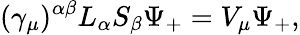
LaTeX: (\gamma_{\mu})^{\alpha\beta}L_{\alpha}S_{\beta}\Psi_{+}=V_{\mu}\Psi_{+},